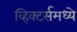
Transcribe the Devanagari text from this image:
व्हिक्टर्समध्ये